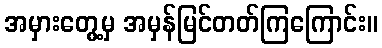
အမှားတွေ့မှ အမှန်မြင်တတ်ကြကြောင်း။